Civil Veterinary Department. United Provinces 1912-22 - 1912-1922
Year: 1912
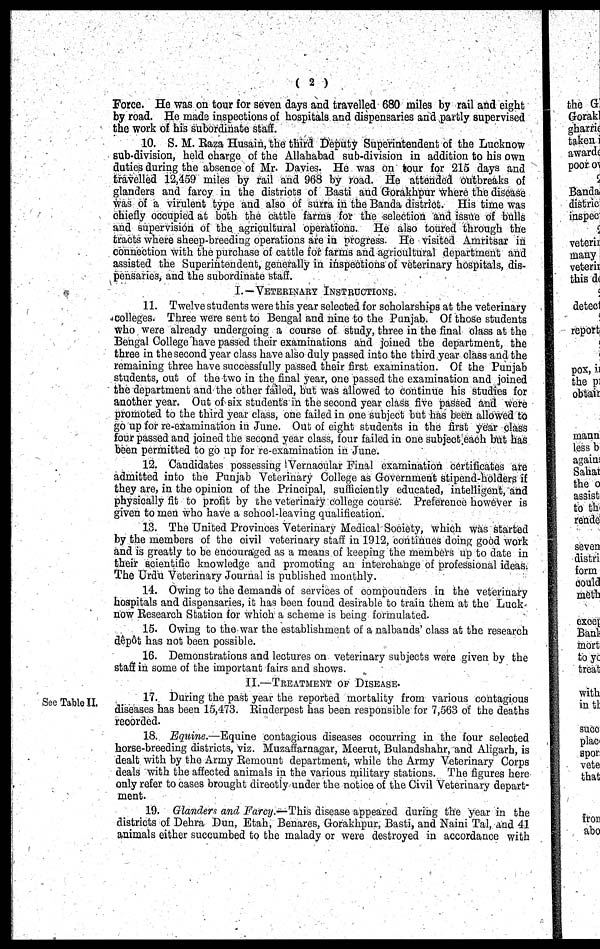
( 2 )
Force. He was on tour for seven days and travelled 680 miles by rail and eight
by road. He made inspections of hospitals and dispensaries and partly supervised
the work of his subordinate staff.
10. S. M. Raza Husain, the third Deputy Superintendent of the Lucknow
sub-division, held charge of the Allahabad sub-division in addition to his own
duties during the absence of Mr. Davies. He was on tour for 215 days and
travelled 12,459 miles by rail and 968 by road. He attended outbreaks of
glanders and farcy in the districts of Basti and Gorakhpur where the disease
was of a virulent type and also of surra in the Banda district. His time was
chiefly occupied at both the cattle farms for the selection and issue of bulls
and supervision of the agricultural operations. He also toured through the
tracts where sheep-breeding operations are in progress. He visited Amritsar in
connection with the purchase of cattle for farms and agricultural department and
assisted the Superintendent, generally in inspections of veterinary hospitals, dis-
pensaries, and the subordinate staff.
I.—VETERINARY INSTRUCTIONS.
11. Twelve students were this year selected for scholarships at the veterinary
colleges. Three were sent to Bengal and nine to the Punjab. Of those students
who were already undergoing a course of study, three in the final class at the
Bengal College have passed their examinations and joined the department, the
three in the second year class have also duly passed into the third year class and the
remaining three have successfully passed their first examination. Of the Punjab
students, out of the two in the final year, one passed the examination and joined
the department and the other failed, but was allowed to continue his studies for
another year. Out of six students in the second year class five passed and were
promoted to the third year class, one failed in one subject but has been allowed to
go up for re-examination in June. Out of eight students in the first year class
four passed and joined the second year class, four failed in one subject each but has
been permitted to go up for re-examination in June.
12. Candidates possessing Vernacular Final examination certificates are
admitted into the Punjab Veterinary College as Government stipend-holders if
they are, in the opinion of the Principal, sufficiently educated, intelligent, and
physically fit to profit by the veterinary college course. Preference however is
given to men who have a school-leaving qualification.
13. The United Provinces Veterinary Medical Society, which was started
by the members of the civil veterinary staff in 1912, continues doing good work
and is greatly to be encouraged as a means of keeping the members up to date in
their scientific knowledge and promoting an interchange of professional ideas.
The Urdu Veterinary Journal is published monthly.
14. Owing to the demands of services of compounders in the veterinary
hospitals and dispensaries, it has been found desirable to train them at the Luck-
now Research Station for which a scheme is being formulated.
15. Owing to the war the establishment of a nalbands' class at the research
depot has not been possible.
16. Demonstrations and lectures on veterinary subjects were given by the
staff in some of the important fairs and shows.
II.—TREATMENT OF DISEASE.
See Table II.
17. During the past year the reported mortality from various contagious
diseases has been 15,473. Rinderpest has been responsible for 7,563 of the deaths
recorded.
18. Equine.—Equine contagious diseases occurring in the four selected
horse-breeding districts, viz. Muzaffarnagar, Meerut, Bulandshahr, and Aligarh, is
dealt with by the Army Remount department, while the Army Veterinary Corps
deals with the affected animals in the various military stations. The figures here
only refer to cases brought directly under the notice of the Civil Veterinary depart-
ment.
19. Glanders and Farcy.—This disease appeared during the year in the
districts of Dehra Dun, Etah, Benares, Gorakhpur, Basti, and Naini Tal, and 41
animals either succumbed to the malady or were destroyed in accordance with